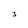
Character: 3